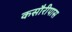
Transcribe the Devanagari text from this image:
कसौरीपास